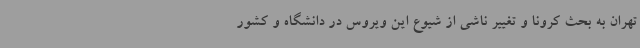
تهران به بحث کرونا و تغییر ناشی از شیوع این ویروس در دانشگاه و کشور